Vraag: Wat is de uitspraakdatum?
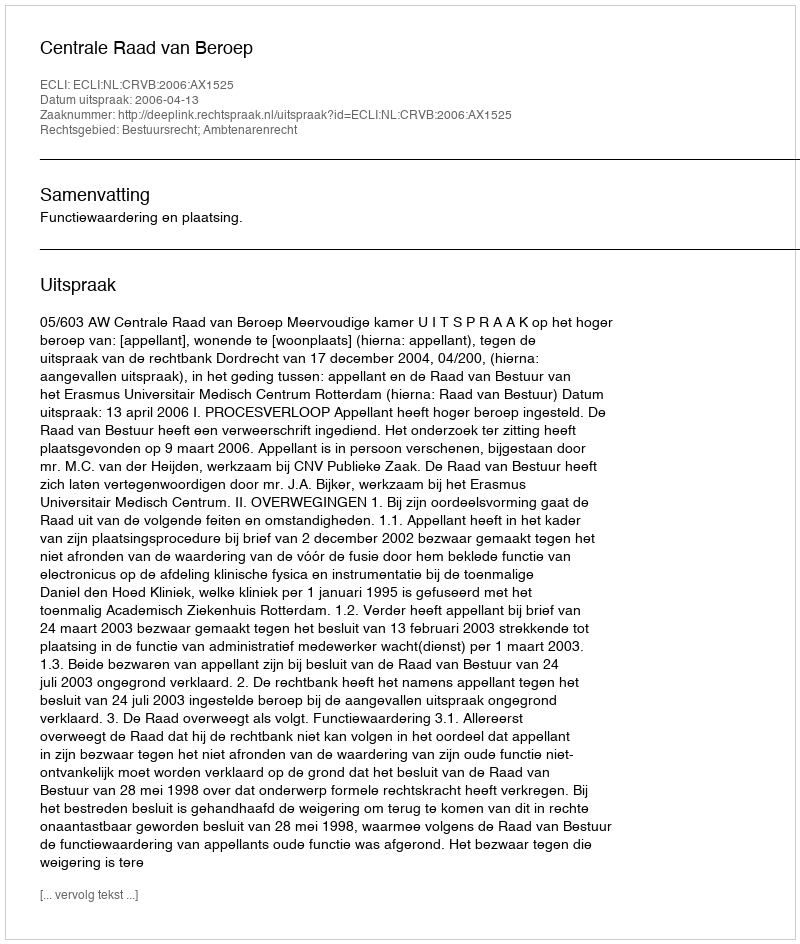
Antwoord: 2006-04-13